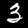
Digit: 3